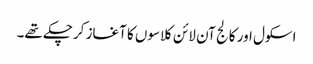
اسکول اور کالج آن لائن کلاسوں کا آغاز کرچکے تھے۔